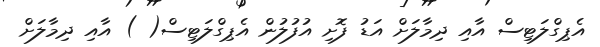
އެޕިގްލަޓިސް އާއި ދިމާލަށް އަޑު ފޮށި އުފުލުން އެޕިގްލަޓިސް( ) އާއި ދިމާލަށް